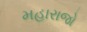
મહારાજો